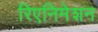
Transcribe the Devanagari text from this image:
रिएनिमेशन